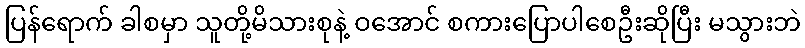
ပြန်ရောက် ခါစမှာ သူတို့မိသားစုနဲ့ ဝအောင် စကားပြောပါစေဦးဆိုပြီး မသွားဘဲ